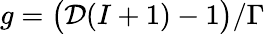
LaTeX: g=\big(\mathcal{D}(I+1)-1\big)/\Gamma